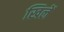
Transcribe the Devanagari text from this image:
खिलें